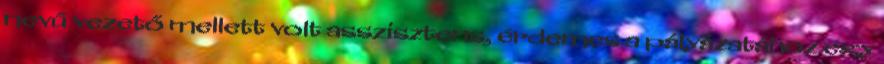
nevű vezető mellett volt asszisztens, érdemes a pályázatához egy